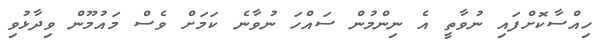
ހިއްސާކޮށްފައި ނުވާތީ އެ ނިންމުން ސައްހަ ނުވާނެ ކަމަށް ވެސް މައުމޫން ވިދާޅުވި